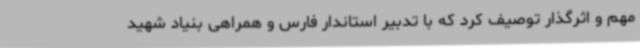
مهم و اثرگذار توصیف کرد که با تدبیر استاندار فارس و همراهی بنیاد شهید